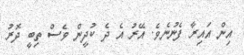
އިން އައިރާ ފެނުނެވެ. އޭރު އެ ދެ ކުދީން ވެސް ތިބީ ދޮރު